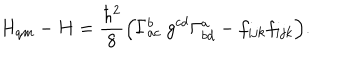
H _ { q m } - H = { \frac { \hbar ^ { 2 } } { 8 } } \Bigl ( \Gamma _ { a c } ^ { b } ~ g ^ { c d } \Gamma _ { b d } ^ { a } - f _ { i j k } f _ { i j k } \Bigr ) .